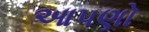
આપણો